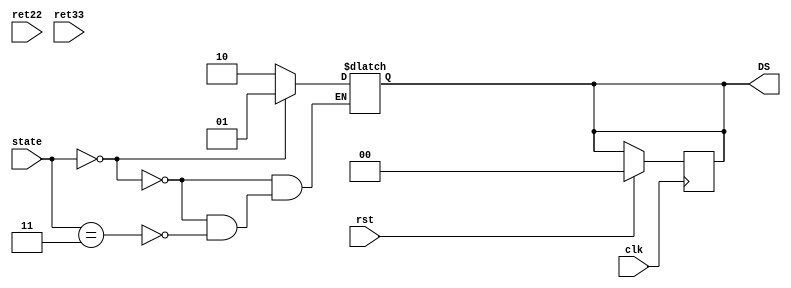



module Display_module(clk,rst,state,ret22,ret33,DS);
    
    input clk,rst;    
    input [1:0] state;    
    
    output reg [1:0] DS;
    
    
    input [31:0] ret22;
    wire [7:0] Vret22[0:2] [0:2];
    assign Vret22[0][0] = ret22[7:0]; assign Vret22[0][1] = ret22[15:8]; 
    assign Vret22[1][0] = ret22[23:16]; assign Vret22[1][1] = ret22[31:24]; 

    input [31:0] ret33;
    wire [7:0] Vret33[0:2] [0:2];
    assign Vret33[0][0] = ret33[7:0]; assign Vret33[0][1] = ret33[15:8]; 
    assign Vret33[1][0] = ret33[23:16]; assign Vret33[1][1] = ret33[31:24]; 

    integer i,j;
    
    always @(posedge clk)
    begin 
    if(rst==1'b1) begin 
        DS= 2'b00;    
        end
    end 

    always @(*) begin         
        if(state == 2'b00) begin // init           
            DS=2'b01; 
        end
        else if(state == 2'b11) begin // Display
            
            $display("result of 2 X 2 systollic Array\n");
            for(i = 0; i<2;i=i+1) begin 
                for(j=0;j<2;j=j+1) $display("ret[%d][%d] = %d",i,j,Vret22[i][j]);
            end
            
            $display("result of 3 X 3 systollic Array\n");
            for(i = 0; i<2;i=i+1) begin 
                for(j=0;j<2;j=j+1) $display("ret[%d][%d] = %d",i,j,Vret33[i][j]);          
            end
            DS = 2'b10;       
            $display("\n");
        end                   
    end    

endmodule